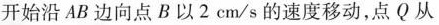
开始沿 AB 边向点 B 以 2 c m / s 的速度移动，点 Q 从